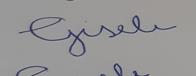
Signature authenticity: forged